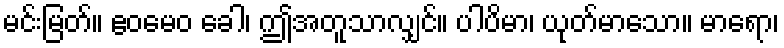
မင်းမြတ်။ ဧဝမေဝ ခေါ၊ ဤအတူသာလျှင်။ ပါပိမာ၊ ယုတ်မာသော။ မာရော၊